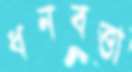
ধনবত্তা